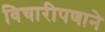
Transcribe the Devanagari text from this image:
विचारीपणाने